Reports on military cantonments and civil stations in the Presidency of Bombay inspected by the Sanitary Commissioner in the years 1875 and 1876
Year: 1875
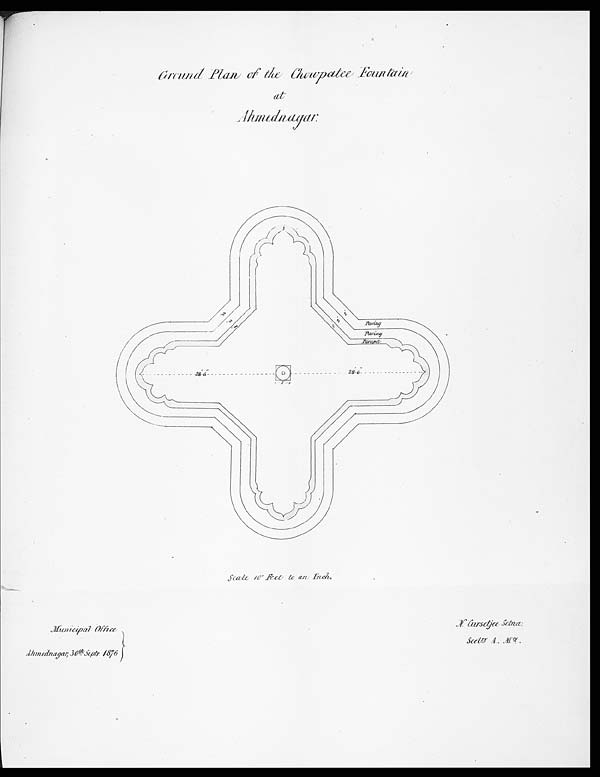
Ground Plan of the Chowpatee Fountain
at Ahmednagar. Scale 10' Feet to an Inch.
Municipal Office
Ahmednagar,30th Septr. 1876
N. Gursetjee Setna,
Sectry A. Mty.